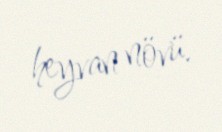
heyvan növü.